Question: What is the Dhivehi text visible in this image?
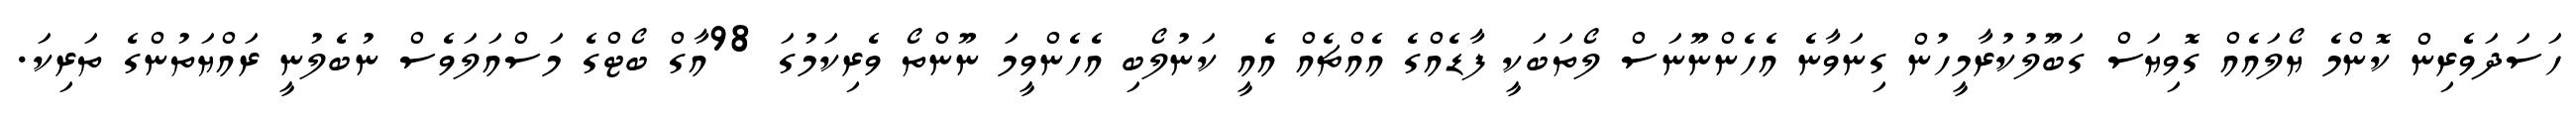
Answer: ހަސަދަވެރިން ކޮންމެ ޔޯލައެއް ގޮވިޔަސް ގަބޫލުކުރާމީހުން ގިނަވާނެ އެހެންނޫނަސް ލޯތަބަކީ ފާޑެއްގެ އެއްޗެއް އެއީ ކަނުލޯބި އެހެންވީމަ ނޫންތޯ ވެރިކަމުގަ 98އާގް ބޯޓްގެ މަސްއަލަވެސް ނުބެލުނީ ރައްޔަތުންގެ ތަރިކަ.